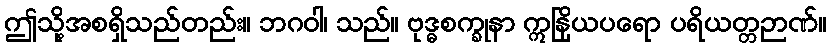
ဤသို့အစရှိသည်တည်း။ ဘဂဝါ၊ သည်။ ဗုဒ္ဓစက္ခုနာ ဣနြိယပရော ပရိယတ္တဉာဏ်။